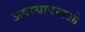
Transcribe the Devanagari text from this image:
अवस्थापनाओ